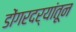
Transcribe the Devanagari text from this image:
डोंगरदर्‍यांतून